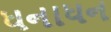
ધનાધન